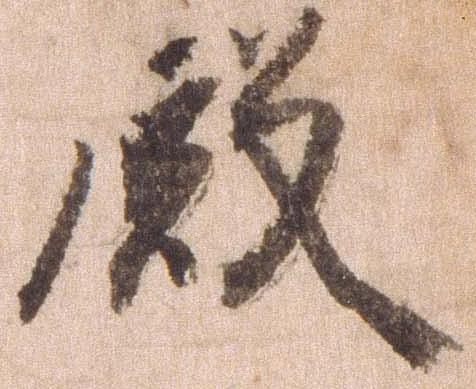
殿